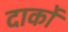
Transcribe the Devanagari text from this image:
दार्को